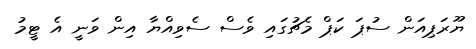
ޔޫރަޕިއަން ސުޕަ ކަޕް މެޗުގައި ވެސް ސެވިއްޔާ އިން ވަނީ އެ ޓީމު